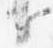
子